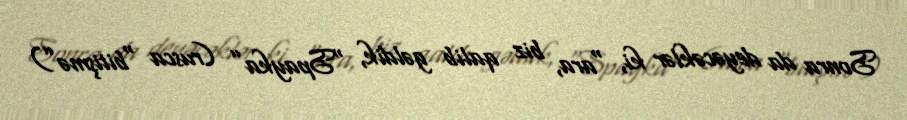
Sonra da deyəcəklər ki, “ara, biz qalib gəldik, “Spayka” (rusca “bitişmə”)